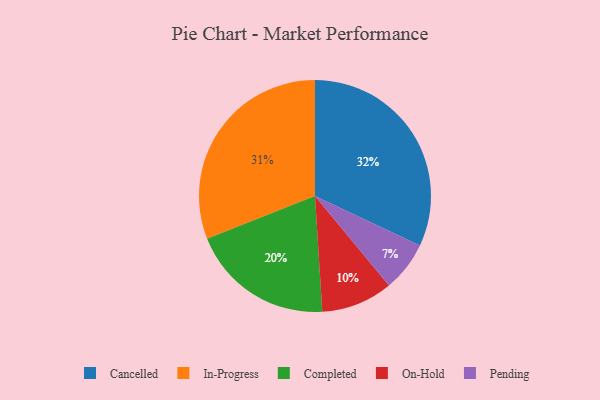
{"axis": {"x": "Category", "y": "Percentage"}, "legend": ["Cancelled", "Completed", "In-Progress", "On-Hold", "Pending"], "data": [{"x": "Cancelled", "y": 32, "type": "Cancelled"}, {"x": "On-Hold", "y": 10, "type": "On-Hold"}, {"x": "In-Progress", "y": 31, "type": "In-Progress"}, {"x": "Completed", "y": 20, "type": "Completed"}, {"x": "Pending", "y": 7, "type": "Pending"}]}